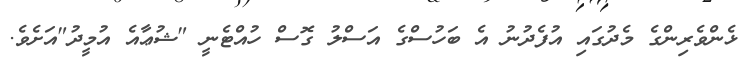
ޅެންވެރިންގެ މެދުގައި އުފެދުނު އެ ބަހުސްގެ އަސްލު ގޮސް ހުއްޓެނީ "ޝުޢާއެ އުމީދު"އަށެވެ.